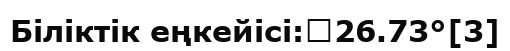
Біліктік еңкейісі:	26.73°[3]